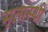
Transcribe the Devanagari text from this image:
मृतास्थी